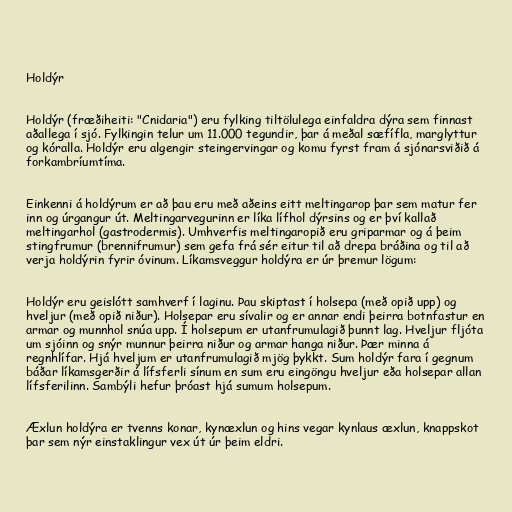
Holdýr

Holdýr (fræðiheiti: "Cnidaria") eru fylking tiltölulega einfaldra dýra sem finnast
aðallega í sjó. Fylkingin telur um 11.000 tegundir, þar á meðal sæfífla, marglyttur
og kóralla. Holdýr eru algengir steingervingar og komu fyrst fram á sjónarsviðið á
forkambríumtíma.

Einkenni á holdýrum er að þau eru með aðeins eitt meltingarop þar sem matur fer
inn og úrgangur út. Meltingarvegurinn er líka lífhol dýrsins og er því kallað
meltingarhol (gastrodermis). Umhverfis meltingaropið eru griparmar og á þeim
stingfrumur (brennifrumur) sem gefa frá sér eitur til að drepa bráðina og til að
verja holdýrin fyrir óvinum. Líkamsveggur holdýra er úr þremur lögum:

Holdýr eru geislótt samhverf í laginu. Þau skiptast í holsepa (með opið upp) og
hveljur (með opið niður). Holsepar eru sívalir og er annar endi þeirra botnfastur en
armar og munnhol snúa upp. Í holsepum er utanfrumulagið þunnt lag. Hveljur fljóta
um sjóinn og snýr munnur þeirra niður og armar hanga niður. Þær minna á
regnhlífar. Hjá hveljum er utanfrumulagið mjög þykkt. Sum holdýr fara í gegnum
báðar líkamsgerðir á lífsferli sínum en sum eru eingöngu hveljur eða holsepar allan
lífsferilinn. Sambýli hefur þróast hjá sumum holsepum.

Æxlun holdýra er tvenns konar, kynæxlun og hins vegar kynlaus æxlun, knappskot
þar sem nýr einstaklingur vex út úr þeim eldri.